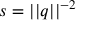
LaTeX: s = | | q | | ^ { - 2 }